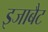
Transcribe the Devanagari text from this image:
इजाबैट